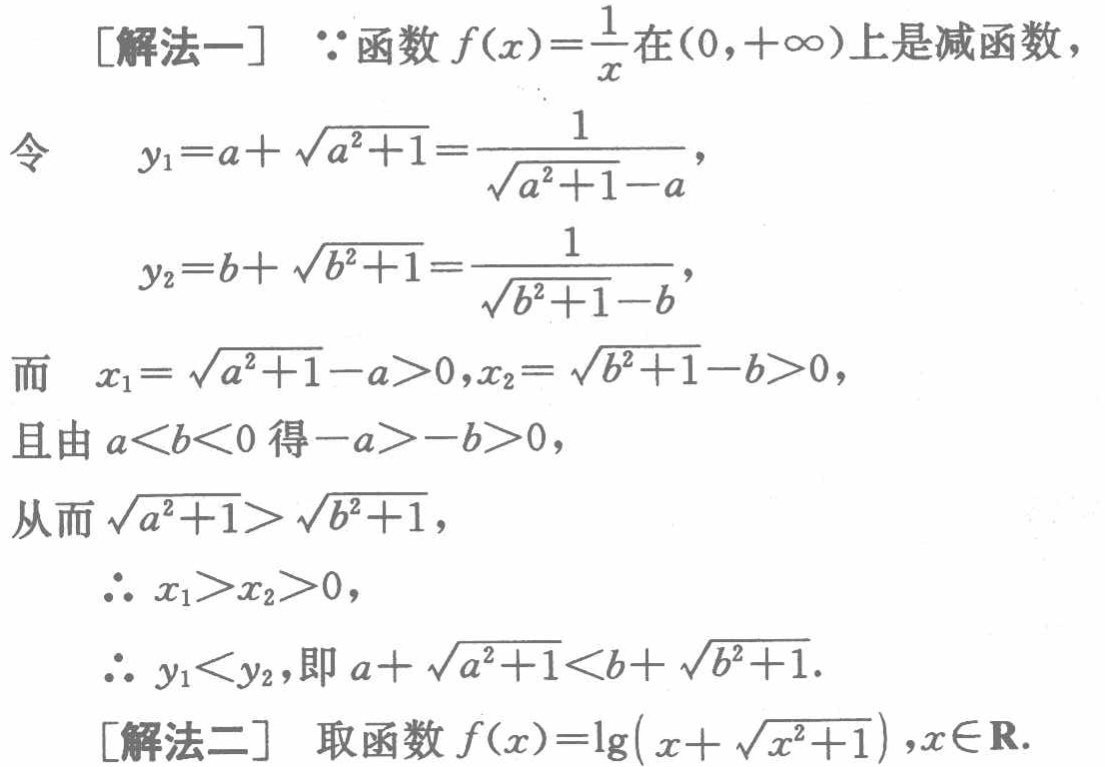
[解法一] \(\because\)函数\(f(x)=\frac{1}{x}\)在\((0,+\infty)\)上是减函数，

令

\(y_1 = a+\sqrt{a^2 + 1}=\frac{1}{\sqrt{a^2 + 1}-a}\)，

\(y_2 = b+\sqrt{b^2 + 1}=\frac{1}{\sqrt{b^2 + 1}-b}\)

而 \(x_1=\sqrt{a^2 + 1}-a>0,x_2=\sqrt{b^2 + 1}-b>0\)，

且由\(a < b < 0\)得\(-a > -b > 0\)，

从而\(\sqrt{a^2 + 1}>\sqrt{b^2 + 1}\)，

\(\therefore x_1>x_2>0\)，

\(\therefore y_1<y_2\)，即\(a+\sqrt{a^2 + 1}<b+\sqrt{b^2 + 1}\).

[解法二] 取函数\(f(x)=\lg(x+\sqrt{x^2 + 1}),x\in\mathbf{R}\).